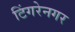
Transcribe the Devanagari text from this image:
टिंगरेनगर